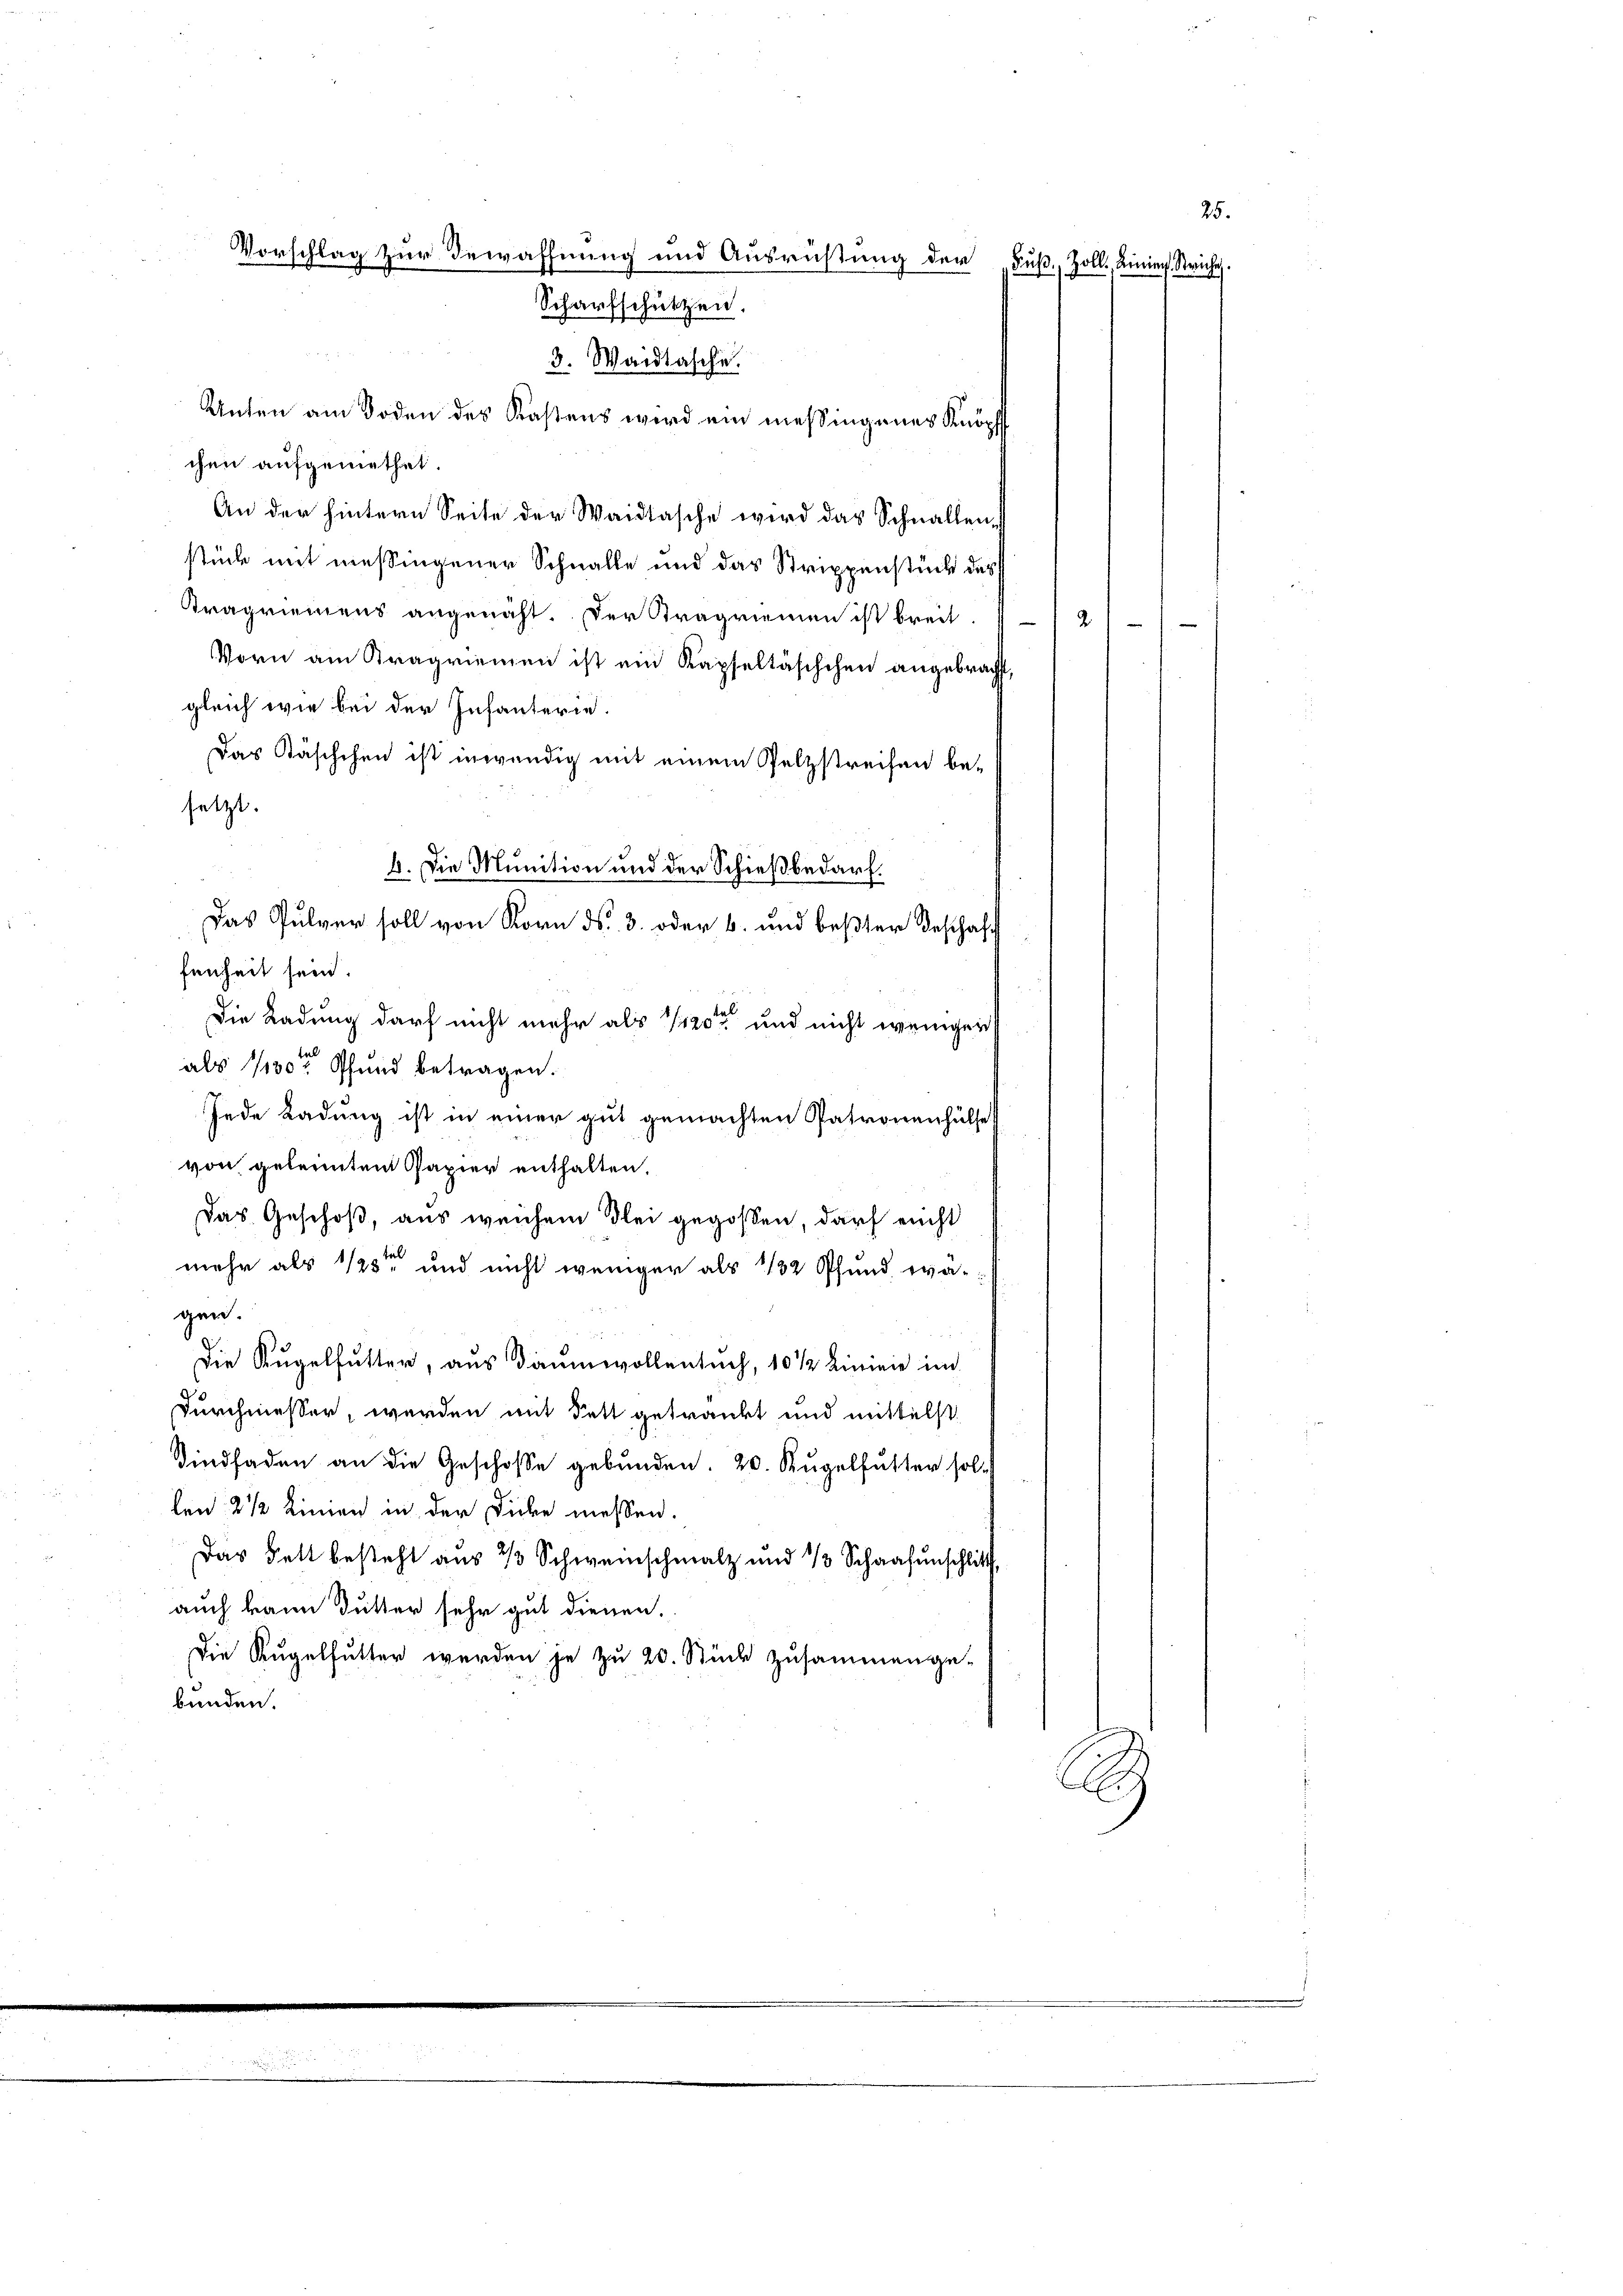
25.
Vorschlag zur Bewaffnung und Ausrichtung der Fuß. Zoll, Linien. Stricht.
Scharfschützen.
3. Waidlasche.

Unten am Boden des Kastens wird ein messingenes Knöpf
chen aufgemethet.
An der hintern Seite der Waidtasche wird das Schnallen s
stück mit messingener Schnalle und das Strippenstück des
Tragriemens angenäht. Der Tragriemen ist breit.
2.
Vorn am Kragriemen ist ein Kapfeltäschchen angebracht,
gleich wie bei der Infanterie.
Das Käschchen ist inwendig mit einem Pelzstreifen be-
setzt.
2. Die Munition und der Schießbedarf.
Das Pulver soll von Korn d. 3. oder 6. und beßter Beschaffh
fenheit sein.
Die Ladung darf nicht mehr als 1/20 und nicht weniger
als 1130 Pfund betragen.
Jede Ladung ist in einer gut gemachten Patronenhülfe
von geleiten Papier enthalten.
Das Geschoß, aus weichem Blei gegoßen, darf nicht
mehr als 1/3te und nicht weniger als 1/2 Pfund wägen.
Die Kugelfutter, aus Baumwollensuch, 10 ½ Lininie im
Durchmesser, werden mit Fett getränkt und mittelst
Sindfaden an die Geschosse gebunden. 20. Kugelfutter sol.
len 2 1/2 Linien in der Dicke messen.
Das Fett besteht aus 33 Schweinschmalz und 1 Schaafenschlitt
auch kann Dutter sehr gut dienen.
Die Kugelfutter werden je zu 20. Stück zusammenge-
bunden.
i